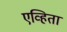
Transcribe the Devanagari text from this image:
एव्हिता